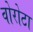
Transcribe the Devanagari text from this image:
वोरोटा